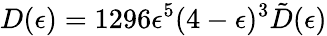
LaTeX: D(\epsilon)=1296\epsilon^{5}(4-\epsilon)^{3}\tilde{D}(\epsilon)